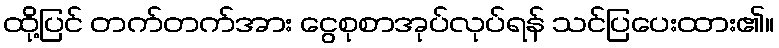
ထို့ပြင် တက်တက်အား ငွေစုစာအုပ်လုပ်ရန် သင်ပြပေးထား၏။